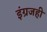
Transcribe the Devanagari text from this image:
इंग्रजही